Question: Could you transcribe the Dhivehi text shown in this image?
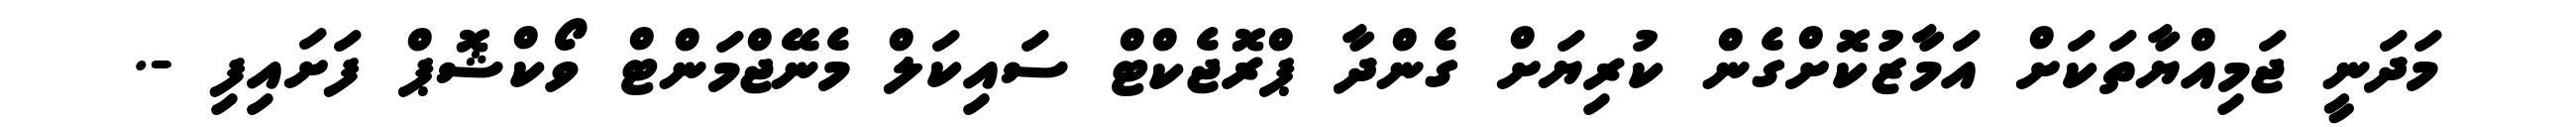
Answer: މަދަނީ ޖަމިއްޔާތަކަށް އަމާޒުކޮށްގެން ކުރިޔަށް ގެންދާ ޕްރޮޖެކްޓް ސައިކަލް މެނޭޖްމަންޓް ވޯކްޝޮޕް ފަށައިފި -.